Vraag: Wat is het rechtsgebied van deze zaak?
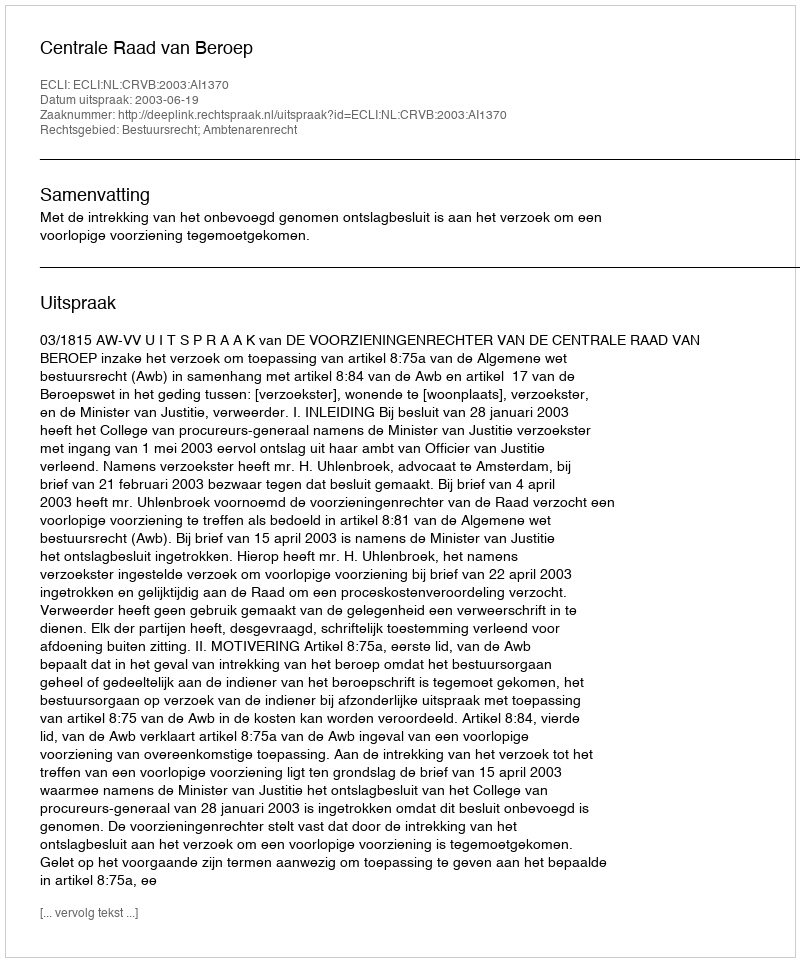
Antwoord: Bestuursrecht; Ambtenarenrecht